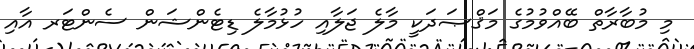
މި މުބާރާތް ބޭއްވުމުގެ މަޤްޞަދަކީ މާލެ ޖަލާއި ހުޅުމާލެ ޑިޓެންޝަން ސެންޓަރ އާއި